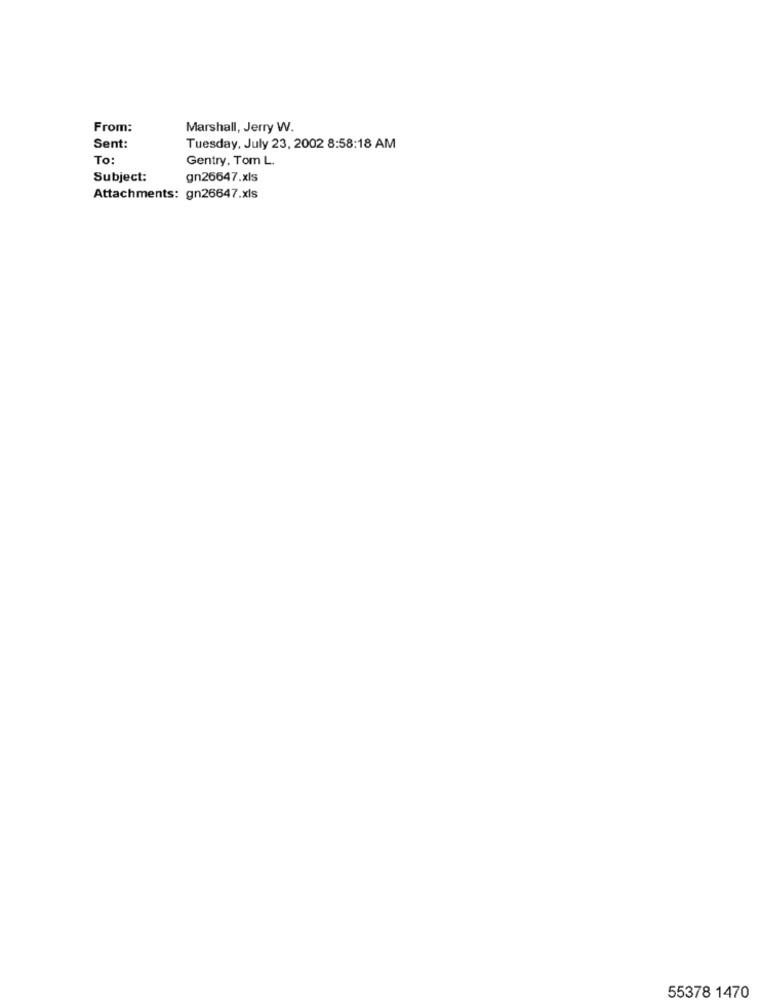
From:
Marshall, Jerry W.
Sent:
Tuesday, July 23, 2002 8:58:18 AM
To:
Gentry, Tom L.
Subject:
gn26647.xls
Attachments: gn26647.xls
55378 1470